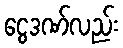
ငွေဒဏ်လည်း